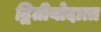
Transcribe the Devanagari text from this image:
द्वितीयोदात्त